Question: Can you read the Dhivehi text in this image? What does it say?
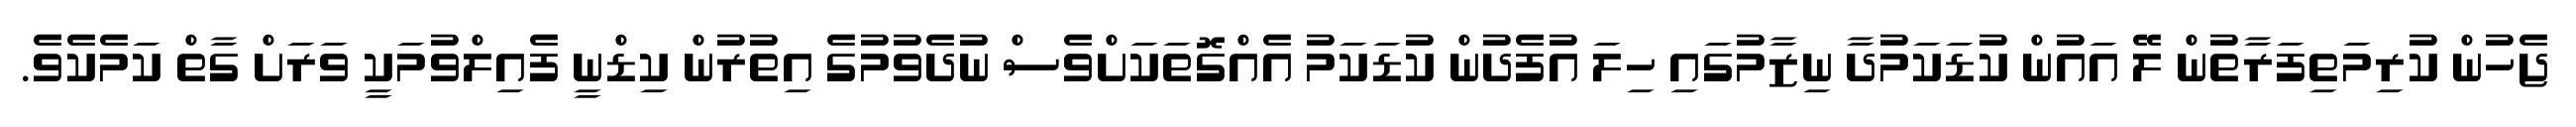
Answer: ޖެހުން ކުރިމަތިފަރާތުން ލޭ އައުން ކުޑަކަމުދާ ނިޒާމުގައި ހިލަ އުފެދުން ކުޑަކަމު އެއްގޮތަކަށްވެސް ނުދެވުމުގެ އިތުރުން ކިޑްނީ ފެއިލްވުމަކީ ވަރަށް ގާތް ކަމެކެވެ.